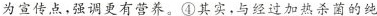
为宣传点，强调更有营养。④其实，与经过加热杀菌的纯